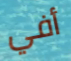
أفي